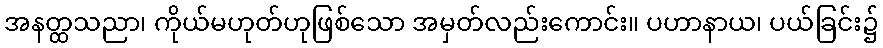
အနတ္ထသညာ၊ ကိုယ်မဟုတ်ဟုဖြစ်သော အမှတ်လည်းကောင်း။ ပဟာနာယ၊ ပယ်ခြင်း၌